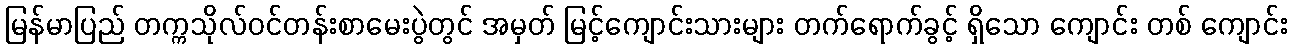
မြန်မာပြည် တက္ကသိုလ်ဝင်တန်းစာမေးပွဲတွင် အမှတ် မြင့်ကျောင်းသားများ တက်ရောက်ခွင့် ရှိသော ကျောင်း တစ် ကျောင်း